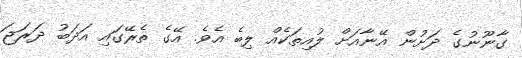
ގާނޫނުގެ ދަށުން އޭނާއަށް ލުއިތަކެއް ލިބެ އެވެ. އޭގެ ތެރޭގައި އަދަބު ދަރަޖަ